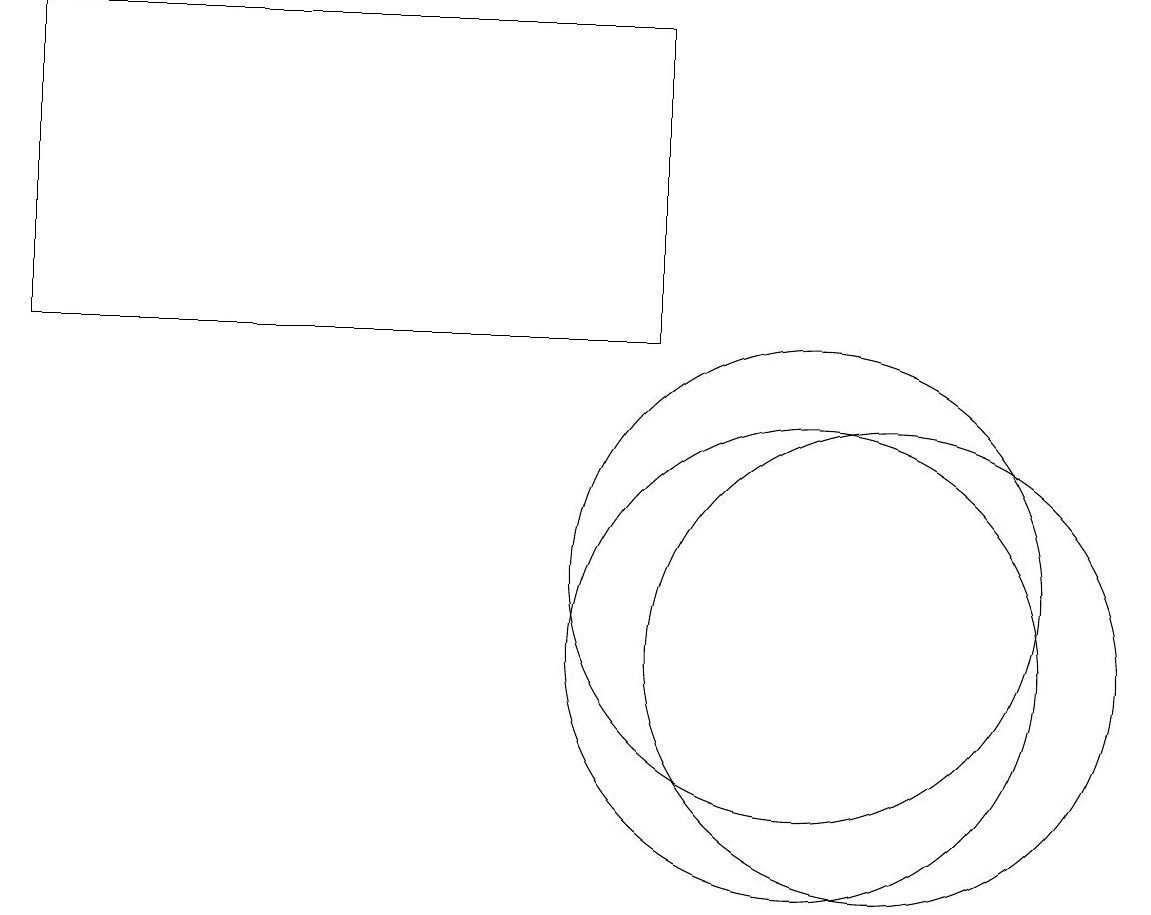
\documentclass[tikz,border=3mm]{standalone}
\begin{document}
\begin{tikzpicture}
\draw (11,11) circle (3);
\draw (1,19) rectangle (9,15);
\draw (11,12) circle (3);
\draw (12,11) circle (3);
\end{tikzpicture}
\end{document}